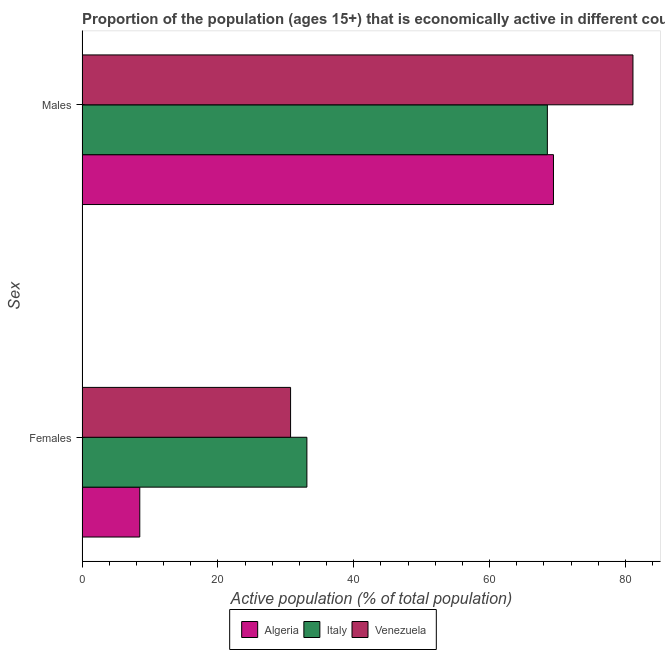
| Sex | Algeria | Italy | Venezuela |
 | --- | --- | --- | --- |
 | Females | 8.5 | 33.1 | 30.7 |
 | Males | 69.4 | 68.5 | 81.1 |